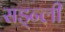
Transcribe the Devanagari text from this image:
सड्न्ली